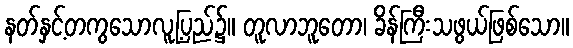
နတ်နှင့်တကွသောလူ့ပြည်၌။ တူလာဘူတော၊ ခိန်ကြီးသဖွယ်ဖြစ်သော။